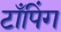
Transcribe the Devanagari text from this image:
टाँपिंग